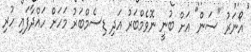
އޯނަރު "ސަން" އަށް ބުނީ ނޮވެމްބަރު އަދި ޑިސެމްބަރު މަހަށް ހައްދާފައި ހުރި